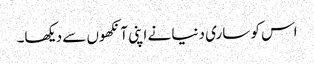
اس کو ساری دنیا نے اپنی آنکھوں سے دیکھا۔